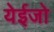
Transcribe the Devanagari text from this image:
येईजो